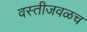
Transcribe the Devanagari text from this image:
वस्तीजवळच